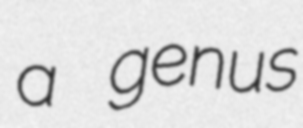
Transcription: a genus